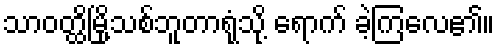
သာဝတ္ထိမြို့သစ်ဘူတာရုံသို့ ရောက် ခဲ့ကြလေ၏။